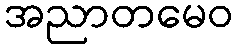
အညာတမေဝ